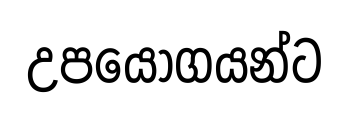
උපයෝගයන්ට